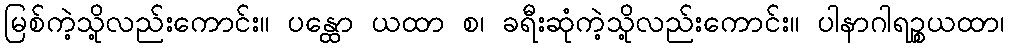
မြစ်ကဲ့သို့လည်းကောင်း။ ပန္ထော ယထာ စ၊ ခရီးဆုံကဲ့သို့လည်းကောင်း။ ပါနာဂါရဉ္စယထာ၊